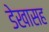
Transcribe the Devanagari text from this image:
डेखासह